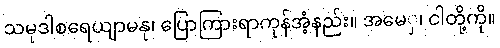
သမုဒါစရေယျာမနု၊ ပြောကြားရာကုန်အံ့နည်း။ အမေှ၊ ငါတို့ကို။